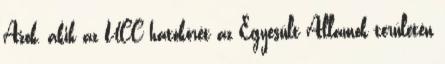
Azok, akik az UCC hatókörét az Egyesült Államok területén